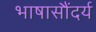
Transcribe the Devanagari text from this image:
भाषासौंदर्य